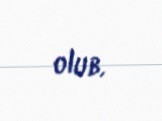
olub.